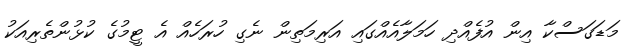
މަޑަގަސްކާ އިން އުފެއްދި ހަމަލާއެއްގައި އަރިމަތިން ނެގި ހުރަހެއް އެ ޓީމުގެ ކުޅުންތެރިއަކު